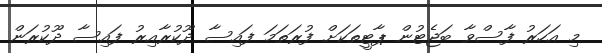
މި އަހަރު ފާސްވާ ބަޖެޓުން ޕާޓީތަކަށް ފުރަތަމަ ފައިސާ ދޫކުރާއިރު ފައިސާ ދޫކުރަން